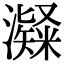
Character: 𤁼